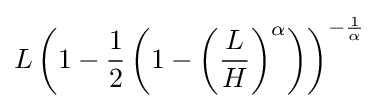
L\left(1-{\frac {1}{2}}\left(1-\left({\frac {L}{H}}\right)^{\alpha }\right)\right)^{-{\frac {1}{\alpha }}}